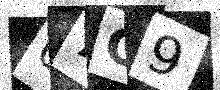
Text: 07C9